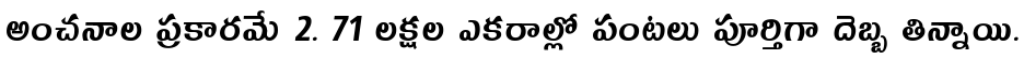
అంచనాల ప్రకారమే 2. 71 లక్షల ఎకరాల్లో పంటలు పూర్తిగా దెబ్బ తిన్నాయి.